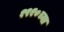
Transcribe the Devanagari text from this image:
१९१०च्या